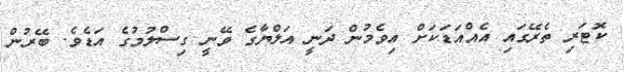
ކޮޓަރި ތެރޭގައި އެއްއަޑަކަށް އިވެމުން ދަނީ އަލްޔާގެ ވޭނީ ގިސްލުމުގެ އަޑެވެ. ބޭރުން